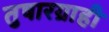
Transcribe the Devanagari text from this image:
तुषारग्राही